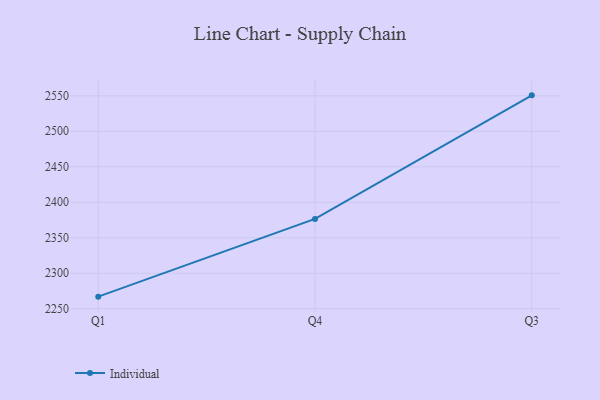
{"axis": {"x": "Quarter", "y": "Revenue (USD Million)"}, "legend": ["Individual"], "data": [{"x": "Q1", "y": 2267.1, "type": "Individual"}, {"x": "Q4", "y": 2376.6, "type": "Individual"}, {"x": "Q3", "y": 2550.6, "type": "Individual"}]}